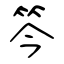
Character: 笒